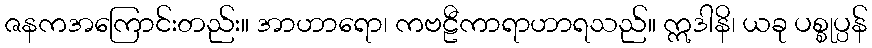
ဇနကအကြောင်းတည်း။ အာဟာရော၊ ကဗဠီကာရာဟာရသည်။ ဣဒါနိ၊ ယခု ပစ္စုပ္ပန်